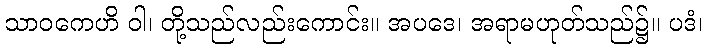
သာဝကေဟိ ဝါ၊ တို့သည်လည်းကောင်း။ အပဒေ၊ အရာမဟုတ်သည်၌။ ပဒံ၊